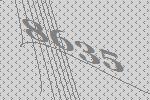
8635